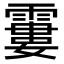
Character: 𩄽